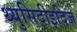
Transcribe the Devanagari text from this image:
थ्युसिदीइदिज